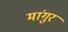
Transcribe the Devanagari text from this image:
मांगुर